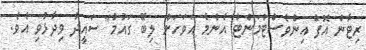
ރިޓާން އޮފް އިންވެސްޓްމަންޓް އެންމެ އަވަހަށް ލިބޭ ގައުމު" ސައީދު ވިދާޅުވި އެވެ.